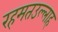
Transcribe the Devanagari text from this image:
रहमतउल्लाह